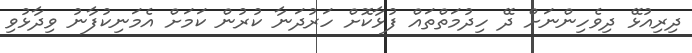
ދިރިއުޅޭ ދިވެހިންނަށް ދޭ ހިދުމަތްތައް ފުޅާކޮށް ހަރުދަނާ ކުރުން ކަމަށް އެމަނިކުފާނު ވިދާޅުވި